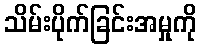
သိမ်းပိုက်ခြင်းအမှုကို